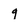
Character: q